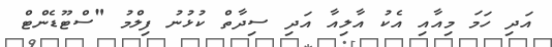
އަދި ހަމަ މިއާއި އެކު އާލިއާ އަދި ސިދާތް ކުޅުނު ފިލްމު "ސްޓޫޑެންޓް